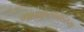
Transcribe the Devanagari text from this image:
गावकुसाबाहेरच्या